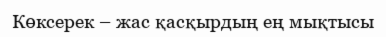
Көксерек – жас қасқырдың ең мықтысы